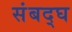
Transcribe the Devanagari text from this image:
संबद्घ